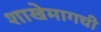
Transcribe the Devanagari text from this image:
शाखेमागची